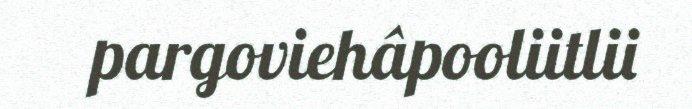
pargoviehâpooliitlii